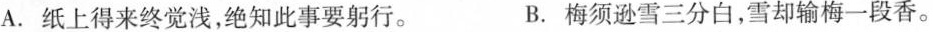
(2分)A.纸上得来终觉浅，绝知此事要躬行。 B.梅须逊雪三分白，雪却输梅一段香。